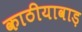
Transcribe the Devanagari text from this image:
काठीयावाड़